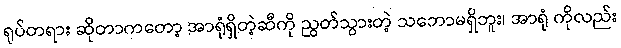
ရုပ်တရား ဆိုတာကတော့ အာရုံရှိတဲ့ဆီကို ညွတ်သွားတဲ့ သဘောမရှိဘူး၊ အာရုံ ကိုလည်း